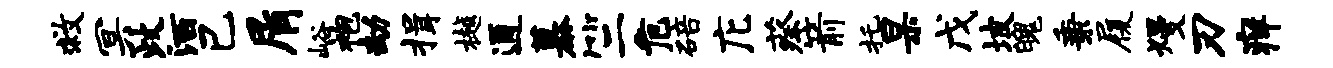
救冥政洒己屑峪袍劫揖樾通慕竺危碚庀蔡箭托杲戊坡魄秉履熳刃痒